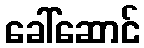
ခေါ်ဆောင်